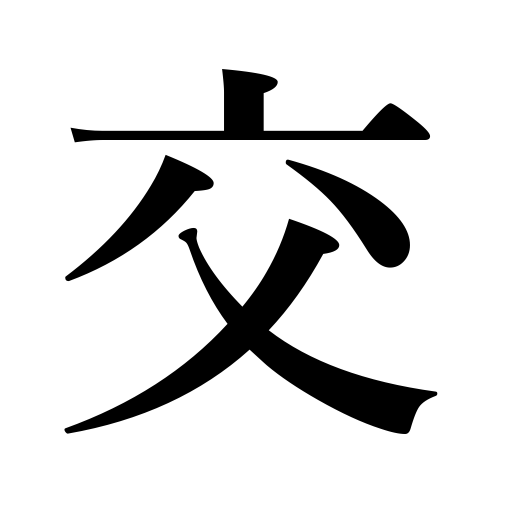
Meanings: interest,mix,mingle with,parry,converse with,mingle,join,associate with,cross swords,avoid,dodge,association,be blended,be mixed,blend,change of seasons,coming and going,turn aside,exchange messages,let in on,include